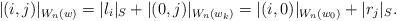
LaTeX: \begin{align*}\lvert (i,j)\rvert_{W_n(w)}=\lvert l_i\rvert_S + \lvert (0,j)\rvert_{W_n(w_k)}=\lvert (i,0)\rvert_{W_n(w_0)}+\lvert r_j\rvert_S.\end{align*}